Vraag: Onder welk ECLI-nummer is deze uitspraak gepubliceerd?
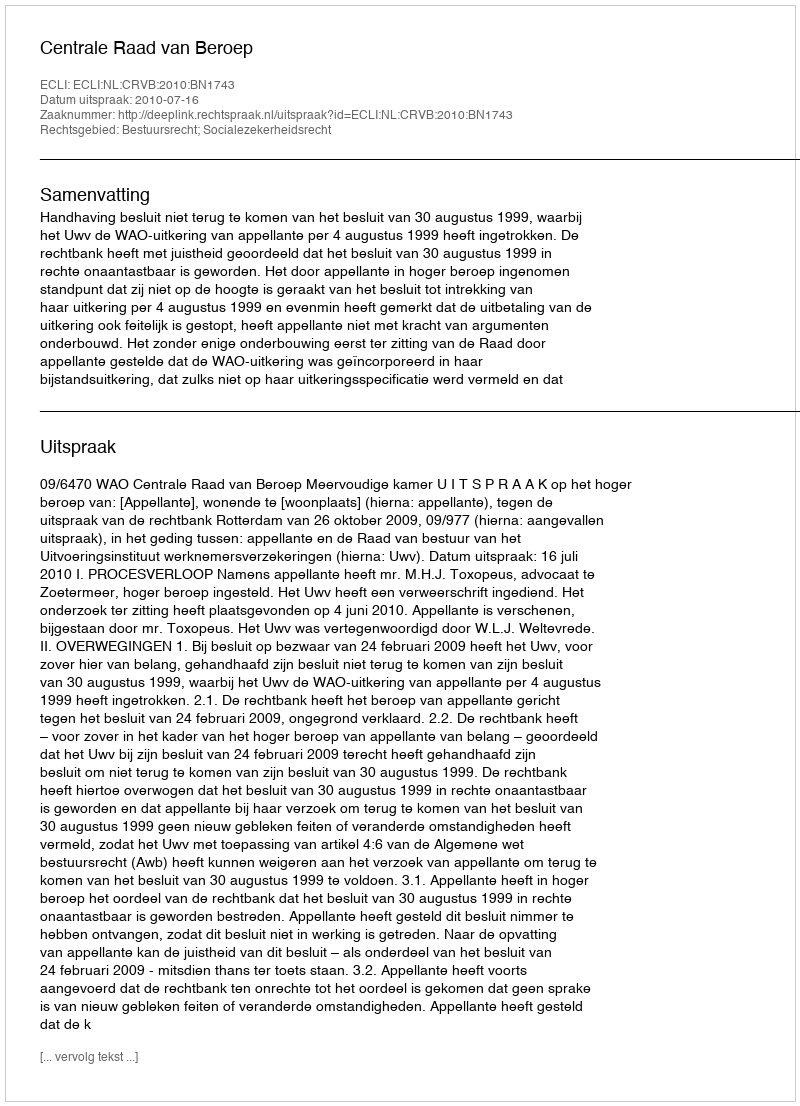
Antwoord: ECLI:NL:CRVB:2010:BN1743